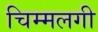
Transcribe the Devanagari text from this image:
चिम्मलगी